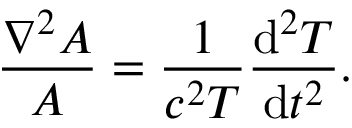
{ \frac { \nabla ^ { 2 } A } { A } } = { \frac { 1 } { c ^ { 2 } T } } { \frac { \mathrm { d } ^ { 2 } T } { \mathrm { d } t ^ { 2 } } } .